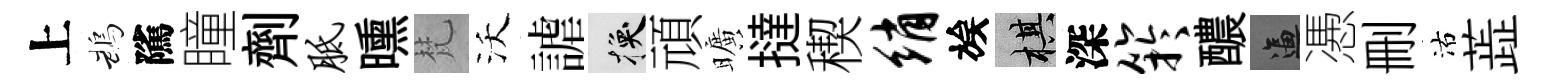
上鵡隲瞳劑胝曛梵沃謔换頑曠撻稧绡族棋深竽醲逼慿删沽蕋